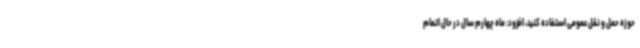
حوزه حمل و نقل عمومی استفاده کنید، افزود: ماه چهارم سال در حال اتمام